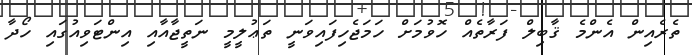
ތެރެއިން އެންމެ ޤާބިލް ފަރާތެއް ހޮވުމަށް ހަމަޖެހިފައިވަނީ ތަޢުލީމީ ނަތީޖާއާއި އިންޓަވިއުގައި ހޯދާ